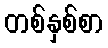
တစ်နှစ်စာ